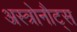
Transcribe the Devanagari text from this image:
अस्त्रोनौट्स